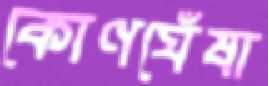
কোণঘেঁষা